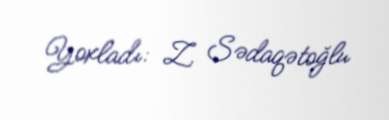
Yoxladı: Z. Sədaqətoğlu